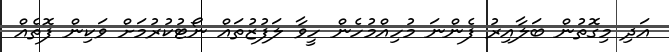
އަދި މިގޮތުން ބަލާއިރު ފެންނަ މުހިއްމުހެން ހީވާ ލަފުޒުތައް ނޯޓުކުރުމަށް ވަކިން ފޮތެއް